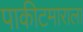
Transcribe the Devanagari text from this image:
पाकीटमाराला